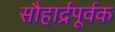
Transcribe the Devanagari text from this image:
सौहार्द्रपूर्वक